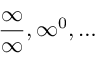
{ \frac { \infty } { \infty } } , \infty ^ { 0 } , \ldots